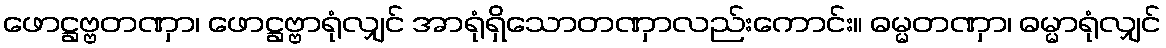
ဖောဋ္ဌဗ္ဗတဏှာ၊ ဖောဋ္ဌဗ္ဗာရုံလျှင် အာရုံရှိသောတဏှာလည်းကောင်း။ ဓမ္မတဏှာ၊ ဓမ္မာရုံလျှင်